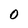
Character: 0